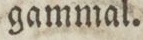
gammal.